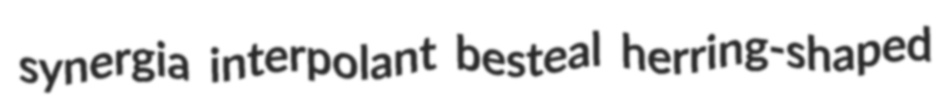
synergia interpolant besteal herring-shaped